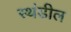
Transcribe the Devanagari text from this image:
स्थंडील